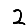
Digit: 2